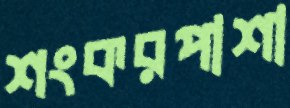
শংকরপাশা